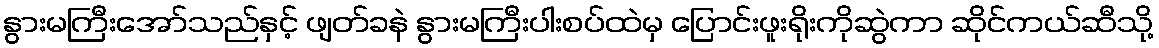
နွားမကြီးအော်သည်နှင့် ဖျတ်ခနဲ နွားမကြီးပါးစပ်ထဲမှ ပြောင်းဖူးရိုးကိုဆွဲကာ ဆိုင်ကယ်ဆီသို့